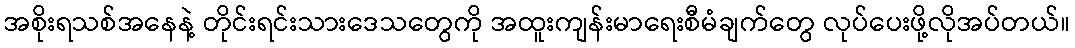
အစိုးရသစ်အနေနဲ့ တိုင်းရင်းသားဒေသတွေကို အထူးကျန်းမာရေးစီမံချက်တွေ လုပ်ပေးဖို့လိုအပ်တယ်။